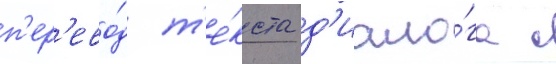
п'ер'ево́д т'е́кста д'иало́га с